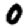
Digit: 0